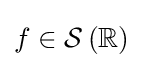
f\in {\mathcal {S}}\left(\mathbb {R} \right)